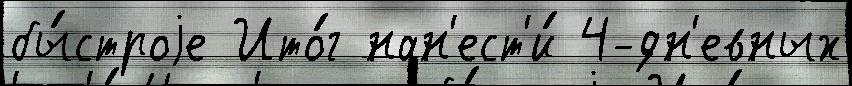
бы́строjе Ито́г нан'ест'и́ 4-дн'евных